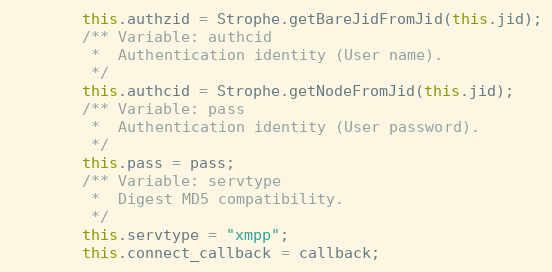
Language: JavaScript
        this.authzid = Strophe.getBareJidFromJid(this.jid);
        /** Variable: authcid
         *  Authentication identity (User name).
         */
        this.authcid = Strophe.getNodeFromJid(this.jid);
        /** Variable: pass
         *  Authentication identity (User password).
         */
        this.pass = pass;
        /** Variable: servtype
         *  Digest MD5 compatibility.
         */
        this.servtype = "xmpp";
        this.connect_callback = callback;